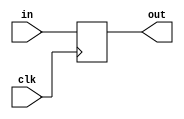
module Register(input clk,input [7:0] in,output reg [7:0] out);
	initial out = 0;
	always @(posedge clk) begin
		out = in;
	end
endmodule